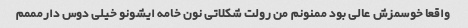
واقعا خوسمزش عالی بود ممنونم من رولت شکلاتی نون خامه ایشونو خیلی دوس دارمممم